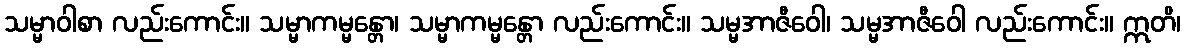
သမ္မာဝါစာ လည်းကောင်း။ သမ္မာကမ္မန္တော၊ သမ္မာကမ္မန္တော လည်းကောင်း။ သမ္မအာဇီဝေါ၊ သမ္မအာဇီဝေါ လည်းကောင်း။ ဣတိ၊